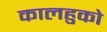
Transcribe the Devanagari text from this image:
कालहुको